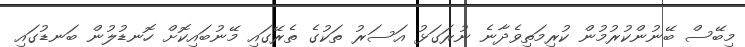
މިބޭސް ބޭނުންކުރުމުން ކުރިމަތިވެދާނެ ނުރަގަޅު އަސަރު ތަކުގެ ތެރޭގައި މޭނުބައިކޮށް ހޮނޑުލުން ބަނޑުގައި